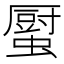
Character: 𧒉